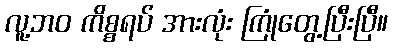
လူ့ဘဝ ကိစ္စရပ် အားလုံး ကြုံတွေ့ပြီးပြီ။